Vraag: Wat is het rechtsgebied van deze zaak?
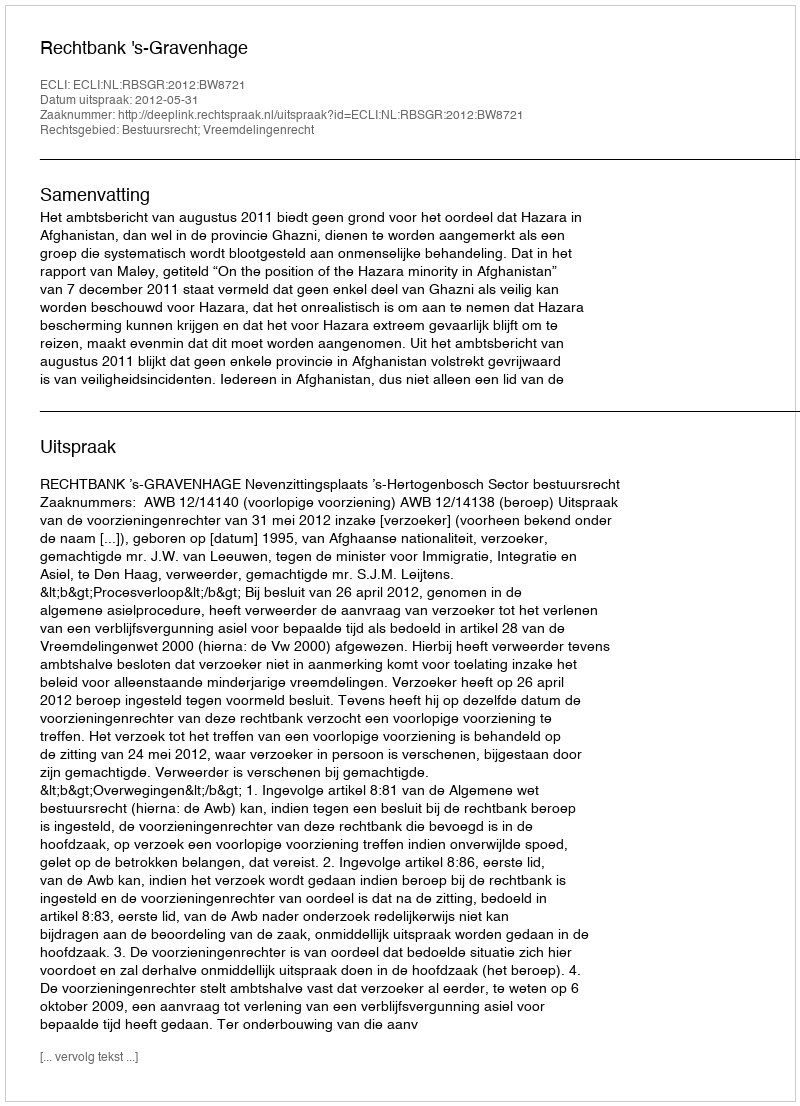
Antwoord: Bestuursrecht; Vreemdelingenrecht